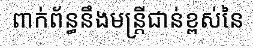
ពាក់ព័ន្ធនឹងមន្ត្រីជាន់ខ្ពស់នៃ